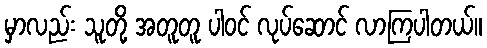
မှာလည်း သူတို့ အတူတူ ပါဝင် လုပ်ဆောင် လာကြပါတယ်။